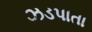
ઝડપાતા